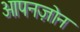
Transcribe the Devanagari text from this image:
ओपनज़ोन